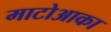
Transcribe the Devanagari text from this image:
माटोआका